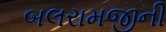
બલરામજીની